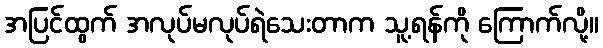
အပြင်ထွက် အလုပ်မလုပ်ရဲသေးတာက သူ့ရန်ကို ကြောက်လို့။